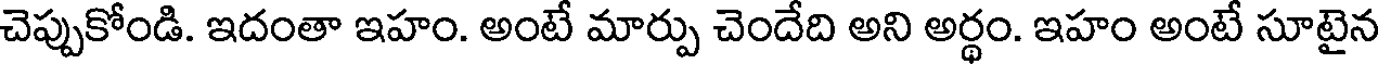
చెప్పుకోండి. ఇదంతా ఇహం. అంటే మార్పు చెందేది అని అర్థం. ఇహం అంటే సూటైన